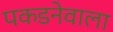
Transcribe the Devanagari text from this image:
पकडनेवाला